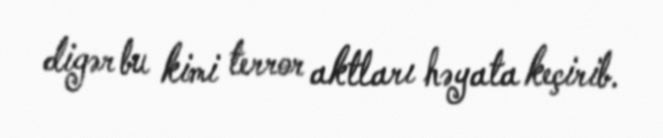
digər bu kimi terror aktları həyata keçirib.